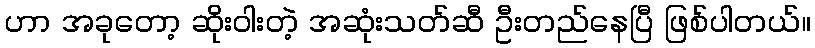
ဟာ အခုတော့ ဆိုးဝါးတဲ့ အဆုံးသတ်ဆီ ဦးတည်နေပြီ ဖြစ်ပါတယ်။